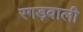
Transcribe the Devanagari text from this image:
रगड़वाली